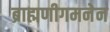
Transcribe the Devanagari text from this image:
ब्राह्मणीगमनेन